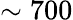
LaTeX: \sim 700